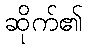
ဆိုက်၏